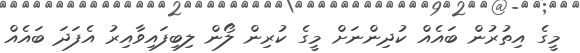
މީގެ އިތުރުން ބައެއް ކުދިންނަށް މީގެ ކުރިން ލޯން ލިބިފައިވާއިރު އެފަދަ ބައެއް